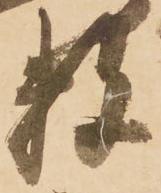
数